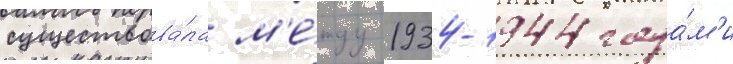
существова́ла м'е́жду 1934-1944 года́м'и